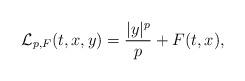
LaTeX: \begin{align*}\mathcal{L}_{p,F}(t,x,y)=\frac{|y|^p}{p}+F(t,x),\end{align*}